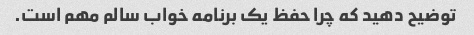
توضیح دهید که چرا حفظ یک برنامه خواب سالم مهم است.